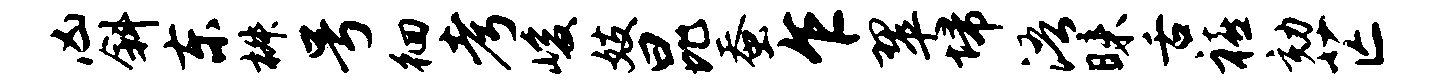
凶斜东椒号徊考峻妓昆蚕乍翠埽浯昧舌禧劾芒